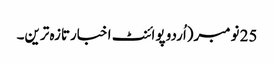
25 نومبر(اُردو پوائنٹ اخبارتازہ ترین۔